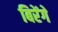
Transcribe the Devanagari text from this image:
बिरेंगे